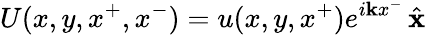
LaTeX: U(x,y,x^{+},x^{-})=u(x,y,x^{+})e^{i\mathbf{k}x^{-}}\, {\hat{{\mathbf{{x}}}}}